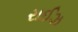
રાઈઝ